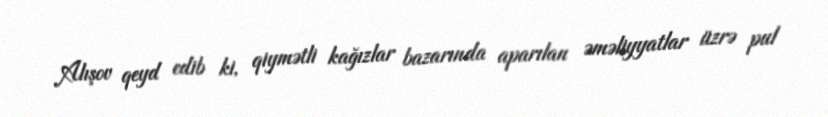
Alışov qeyd edib ki, qiymətli kağızlar bazarında aparılan əməliyyatlar üzrə pul